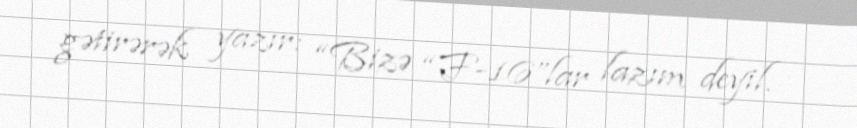
gətirərək yazır: “Bizə “F-16”lar lazım deyil.